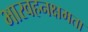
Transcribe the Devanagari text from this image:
भारवहनक्षमता